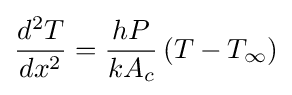
{\frac {d^{2}T}{dx^{2}}}={\frac {hP}{kA_{c}}}\left(T-T_{\infty }\right)